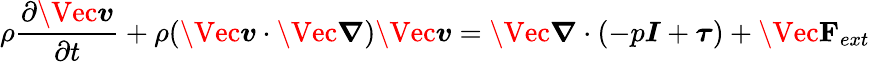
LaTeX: \rho\frac{\partial\Vec{\boldsymbol{v}}}{\partial t}+\rho(\Vec{\boldsymbol{v}}\cdot\Vec{\boldsymbol{\nabla}})\Vec{\boldsymbol{v}}=\Vec{\boldsymbol{\nabla}}\cdot(-p\boldsymbol{I}+\boldsymbol{\tau})+\Vec{\mathbf{F}}_{ext}